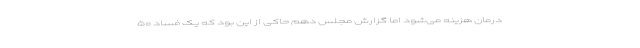
درمان هزینه می‌شود اما گزارش مجلس دهم حاکی از این بود که یک فساد ۵۰